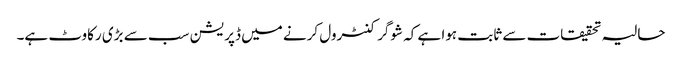
حالیہ تحقیقات سے ثابت ہوا ہے کہ شوگر کنٹرول کرنے میں ڈپریشن سب سے بڑی رکاوٹ ہے۔